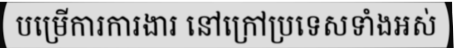
បម្រើការការងារ នៅក្រៅប្រទេសទាំងអស់